Vaccination in Bombay 1913-1923 - 1913-1923
Year: 1913
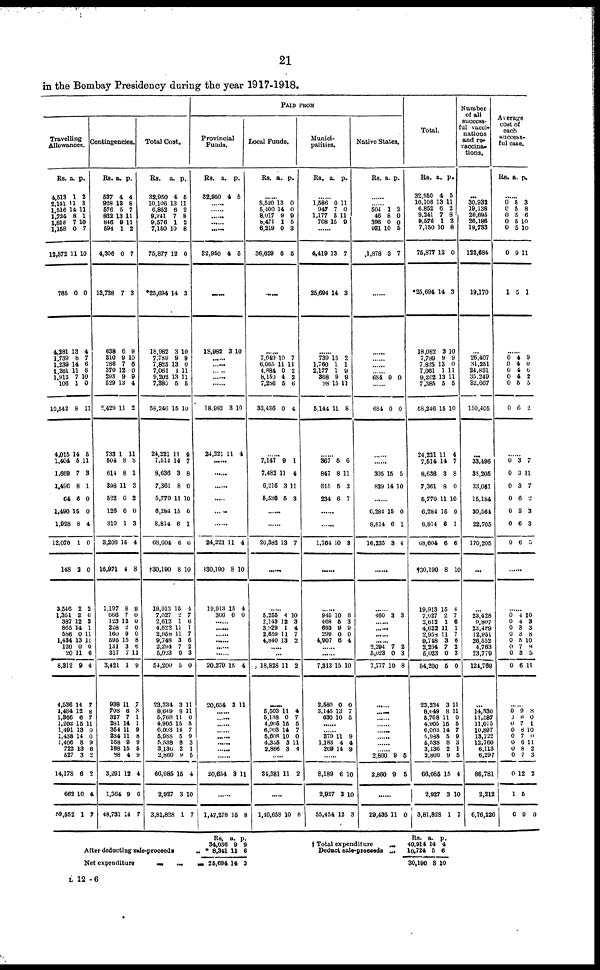
21
in the Bombay Presidency during the year 1917-1918.
Travelling
Allowances.
Rs.
4,513
2,141
1,516
1,724
1,818
1,158
12,872
765
4,281
1,739
1,239
1,261
1,913
106
10,542
4,015
1,404
1,669
1,496
64
1,490
1,928
12,070
148
3,546
1,351
387
865
586
1,434
120
20
8,312
4,536
1,484
1,366
1,202
1,491
1,438
1,406
722
527
14,178
662
59,552
a.
1
11
14
8
7
0
11
0
13
8
14
11
7
1
8
14
5
7
8
6
15
8
1
2
2
2
12
14
0
13
0
11
9
14
12
6
15
13
14
8
13
3
6
10
1
p.
2
3 11
1
10
7
10
0
4
7
6
8
10
0
11
5
11
3
1
0
0
4
0
0
2
6
3
1
11
11
0
6
4
7
8
7
11
0
0
9
6
2
2
4
7
Contingencies.
Rs.
537
928
576
822
846
594
4,306
13,738
638
310
286
370
293
529
2,429
733
504
614
398
522
126
310
3,208
16,971
1,197
666
123
228
160
595
131
317
3,421
938
708
327
281
354
234
168
188
88
3,291
1,364
48,731
a.
4
13
5
13
9
1
0
7
6
9
7
12
9
13
11
1
8
8
11
0
0
1
15
4
8
7
12
2
9
15
3
7
1
11
6
7
14
11
11
9
15
4
12
9
14
p.
4
8
7
11
11
2
7
3
9
10
6
0
9
4
2
11
8
1
3
2
0
3
4
8
8
0
0
0
0
8
6
11
9
7
3
1
1
9
8
9
5
9
4
6
7
Total Cost.
Rs.
32,950
10,106
6,852
9,241
9,576
7,150
75,877
*25,694
18,982
7,789
7,825
7,061
9,202
7,385
58,246
24,221
7,514
8,636
7,361
5,770
6,284
8,814
68,604
†30,190
19,913
7,027
2,612
4,622
2,958
9,748
2,294
5,023
54,200
23,234
8,649
5,768
4,905
6,003
5,988
5,538
3,136
2,860
66,085
2,927
3,81,828
a.
4
13
6
7
1
10
12
14
3
9
13
1
13
5
15
11
14
3
8
11
15
6
6
8
15
2
1
11
11
3
7
0
5
3
8
11
15
14
5
8
2
9
15
3
1
p.
5
11
2
8
2
8
0
3
10
9
0
11
11
5
10
4
7
8
0
10
0
1
6
10
4
7
6
1
7
6
2
3
0
11
11
0
5
7
9
3
1
5
4
10
7
PAID FROM
Provincial
Funds.
Rs.
32,950
a.
4
p.
5
......
......
......
......
32,950
4 5
18,982 3 10
...
18,982
24,221
3
11
10
4
......
......
24,221
†30,190
19,913
366
11
8
15
0
4
10
4
0
......
......
......
......
......
......
20,279
20,654
15
3
4
11
...... ......
......
...... ......
......
......
......
20,654 3 11
......
1,47,278 15 8
Local Funds.
Rs.
a. p.
......
8,520
5,400
8,017
8,471
6,219
36,629
13
14
9
1
0
6
0
0
9
5
3
5
7,049
6,065
4.884
8,150
7,286
33,436
10
11
0
4
5
0
7
1
2
2
6
4
7,147
7,482
6,216
5,530
9
11
3
5
1
4
11
3
......
......
26,382 13 7
......
......
5,255
2,143
3,929
2,659
4,840
4
12
1
11
13
10
3
4
7
2
......
......
18,828 11 2
......
5,503
5,138
4,906
6,003
5,608
4,355
2,866
11
0
15
14
10
3
3
4
7
5
7
0
11
4
......
34,381 11 2
......
1,49,658 10 8
Munici-
palities.
Rs.
a. p.
......
1,586
947
1,177
708
0
7
5
16
11
0
11
9
4,419
25,694
13
14
7
3
739
1,760
2,177
368
98
5,144
15
1
1
9
15
11
2
1
9
9
11
8
367
847
315
234
5
8
5
6
6
11
3
7
......
......
1,764 10 8
......
......
945
468
693
299
4,907
10
5
9
0
6
6
3
9
0
4
......
......
7,313
2,580
3,145
630
15
0
13
10
10
0
7
5
......
...... 379
1,183
269
11
4
14
9
4
9
......
8,189
2,927
55,454
6
3
12
10
10
3
Native States.
Rs. a. p.
......
...... 504
46
396
931
1,878
1
8
0
10
3
2
0
0
5
7
684 0 0
684 0 0
305
829
15
14
5
10
6,284
8,814
16,235
15
6
3
0
1
4
......
......
460 3 3
...... ......
...... ......
2,294
5,023
7,777
7
0
10
2
3
8
......
......
......
...... ......
......
......
......
2,860
2,860
9
9
5
5
......
29,495 11 0
Total.
Rs.
32,950
10,106
6,852
9,241
9,576
7,150
75,877
*25,694
18,982
7,789
7,825
7,061
9,202
7,385
58,246
24,221
7,514
8,636
7,361
5,770
6,284
8,814
68,604
†30,190
19,913
7,027
2,612
4,622
2,958
9,748
2,294
5,023
54,200
23,234
8,649
5,768
4,905
6,003
5,988
5,538
3,136
2,860
66,085
2,927
3,81,828
a.
4
13
6
7 1
10
12
14
3
9
13
1
13
5
15
11
14
3
8
11
15
6
6
8
15
2
1
11
11
3
7
0
5
3
8
11
15
14
5
8
2
9
15
3
1
p.
5
11
2
8
2
8
0
3
10
9
0
11
11
5
10
4
7
8
0
10
0
1
6
10
4
7
6
1
7
6
2
3
0
11
11
0
5
7
9
3
1
5
4
10
7
Number
of all
success-
ful vacci¬
nations
and re¬
vaccina¬
tions.
...
30,932
19,138
26,695
26,186
19,783
122,684
19,170
26,407
31,251
24,831
35,249
32,667
150,405
33,496
35,205
33,051
15,184
30,564
22,705
170,205
...
...
23,428
9,807
23,489
12,951
26,552
4,763
23,779
124,769
...
14,330
11,587
11,075
10,897
13,722
12,760
6,113
6,297
86,781
2,212
6,76,226
Average
cost of
each
success¬
ful case.
Rs. a. p.
......
0
0 0
0
0
0
1
5
5
5
5
5
9
5
3
8
6
10
10
11
1
0
0
0
0
0
0
4
4
4
4
5
6
9
0
6
2
5
2
0
0
0
0
0
0
0
3
3
3
6
3
6
6
7
11
7
2
3
3
5
......
......
0
0
0
0
0
0
0
0
4
4
3
3
5
7
3
6
10
3
3
8
10
8
5
11
......
0
0
0 0
0
0
0 0
0
1
0
9
8
7
8
7
6
8
7
12
5
9
8
0
1
10
0
11
2
3
2
0
After deducting sale-proceeds ..
Net expenditure
...
... ...
Rs.
34,036
8,341
26,694
a.
9
11
14
p.
9
6
3
† Total expenditure
...
Deduct sale-preceeds
...
Rs.
40,914
10,724
30,190
a.
14
5
8
p.
4
6
10
L 12—6